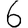
Digit: 6